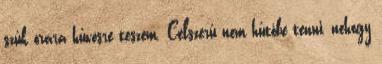
szűk órára hűvösre teszem. Célszerű nem hűtőbe tenni, nehogy